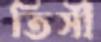
তিসী